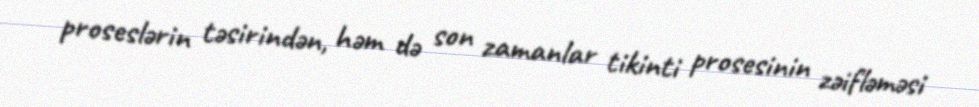
proseslərin təsirindən, həm də son zamanlar tikinti prosesinin zəifləməsi